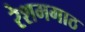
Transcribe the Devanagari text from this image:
रेशमगाठ